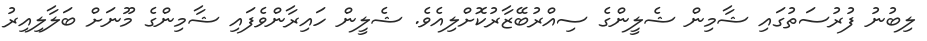
ލިބުނު ފުރުސަތުގައި ޝާމިން ޝެލީންގެ ސިއްރުބޭޒާރުކޮށްލިއެވެ. ޝެލީން ހައިރާންވެފައި ޝާމިންގެ މޫނަށް ބަލާލިއިރު